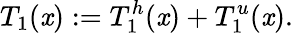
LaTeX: T_{1}(\mathit{x}):=T_{1}^{h}(\mathit{x})+T_{1}^{u}(\mathit{x}).